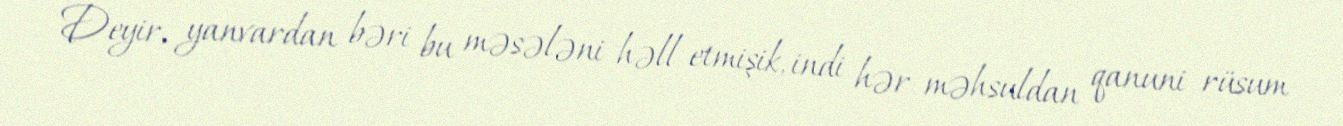
Deyir, yanvardan bəri bu məsələni həll etmişik, indi hər məhsuldan qanuni rüsum